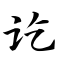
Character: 讫